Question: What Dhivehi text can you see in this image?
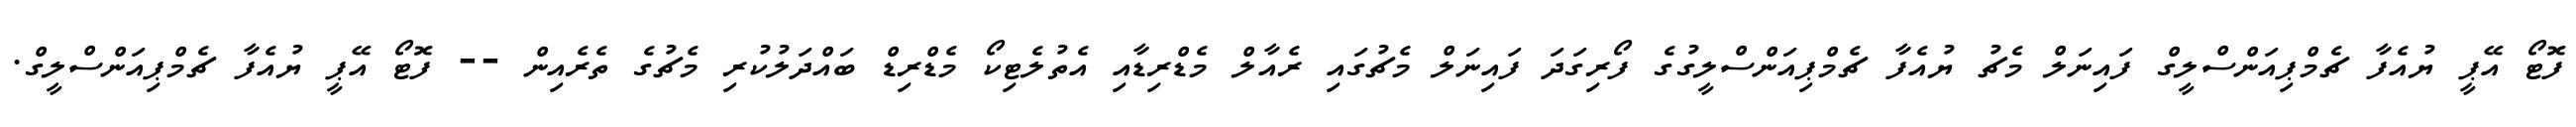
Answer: ފޮޓޯ އޭޕީ ޔުއެފާ ޗެމްޕިއަންސްލީގް ފައިނަލް މެޗު ޔުއެފާ ޗެމްޕިއަންސްލީގުގެ ފޯރިގަދަ ފައިނަލް މެޗުގައި ރެއާލް މެޑްރިޑާއި އެތުލެޓިކޯ މެޑްރިޑް ބައްދަލުކުރި މެޗުގެ ތެރެއިން -- ފޮޓޯ އޭޕީ ޔުއެފާ ޗެމްޕިއަންސްލީގް.